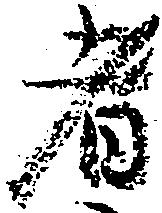
者